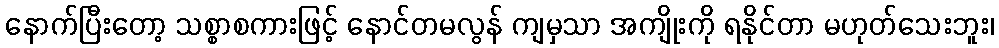
နောက်ပြီးတော့ သစ္စာစကားဖြင့် နောင်တမလွန် ကျမှသာ အကျိုးကို ရနိုင်တာ မဟုတ်သေးဘူး၊